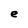
Character: e